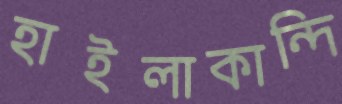
হাইলাকান্দি